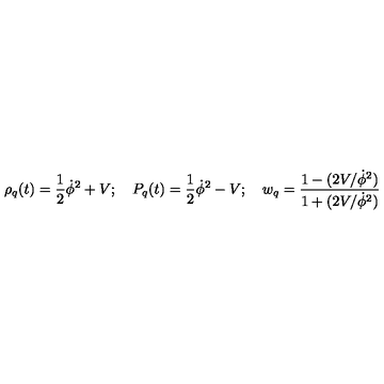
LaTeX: \rho _ { q } ( t ) = \frac { 1 } { 2 } \dot { \phi } ^ { 2 } + V ; \quad P _ { q } ( t ) = \frac { 1 } { 2 } \dot { \phi } ^ { 2 } - V ; \quad w _ { q } = \frac { 1 - ( 2 V / \dot { \phi } ^ { 2 } ) } { 1 + ( 2 V / \dot { \phi } ^ { 2 } ) }